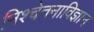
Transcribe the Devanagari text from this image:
निश्चेतनाविज्ञान